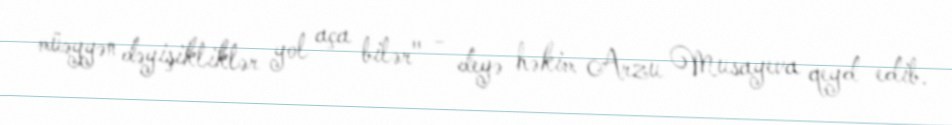
müəyyən dəyişikliklər yol aça bilər" - deyə həkim Arzu Musayeva qeyd edib.